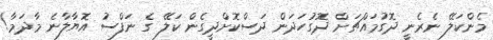
މެންކަލޭ ނެރެނީ ދޮގުމައްޗަށް ދޮގުހަދަން ދަސްކޮށްދީގެން ކަލޭ ގެ ނަފްސު އޮޔާލާނެ މާދަމާ!